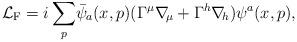
LaTeX: \begin{align*}{\cal L}_{\rm F}=i\,\displaystyle{\sum_p}\bar\psi_a(x,p)(\Gamma^\mu \nabla\!_\mu+\Gamma^h \nabla\!_h)\psi^a(x,p), \end{align*}